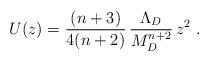
LaTeX: \begin{align*} U(z) = \frac{(n+3)}{4(n+2)}\,\frac{\Lambda_D}{M_D^{n+2}}\, z^2~.\end{align*}